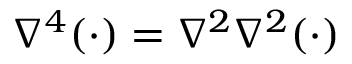
\nabla ^ { 4 } ( \cdot ) = \nabla ^ { 2 } \nabla ^ { 2 } ( \cdot )